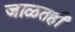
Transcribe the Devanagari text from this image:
जाळतही